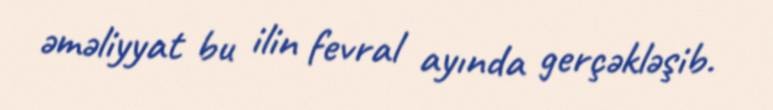
əməliyyat bu ilin fevral ayında gerçəkləşib.